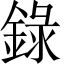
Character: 錄